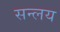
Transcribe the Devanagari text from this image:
सन्लय